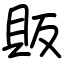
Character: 販